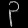
Digit: ၃